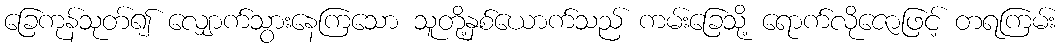
ခြေကုန်သုတ်၍ လျှောက်သွားနေကြသော သူတို့နှစ်ယောက်သည် ကမ်းခြေသို့ ရောက်လိုဇောဖြင့် တရကြမ်း